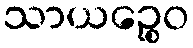
သာယဉ္စေဝ